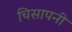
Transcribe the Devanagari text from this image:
चिसापनी